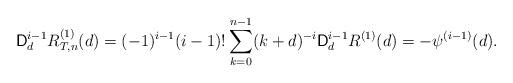
LaTeX: \begin{align*}\mathsf{D}_{d}^{i-1}R_{T,n}^{(1)}(d)=(-1)^{i-1}(i-1)!\sum_{k=0}^{n-1}(k+d)^{-i}\mathsf{D}_{d}^{i-1}R^{(1)}(d)=-\psi^{(i-1)}(d).\end{align*}